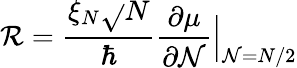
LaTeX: \mathcal{R}=\frac{{\xi_{N}\sqrt{}{{N}}}}{{\hbar}}\frac{{\partial\mu}}{{\partial\mathcal{{N}}}}\Big|_{\mathcal{{N}}=N/2}